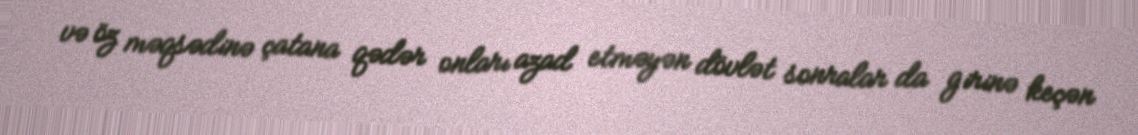
və öz məqsədinə çatana qədər onları azad etməyən dövlət sonralar da girinə keçən